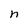
Character: n